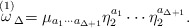
\begin{align*}\stackrel{(1)}{\omega }_{\Delta }=\mu _{a_{1}\cdots a_{\Delta +1}}\eta_{2}^{a_{1}}\cdots \eta _{2}^{a_{\Delta +1}}. \end{align*}